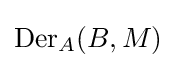
{\text{Der}}_{A}(B,M)